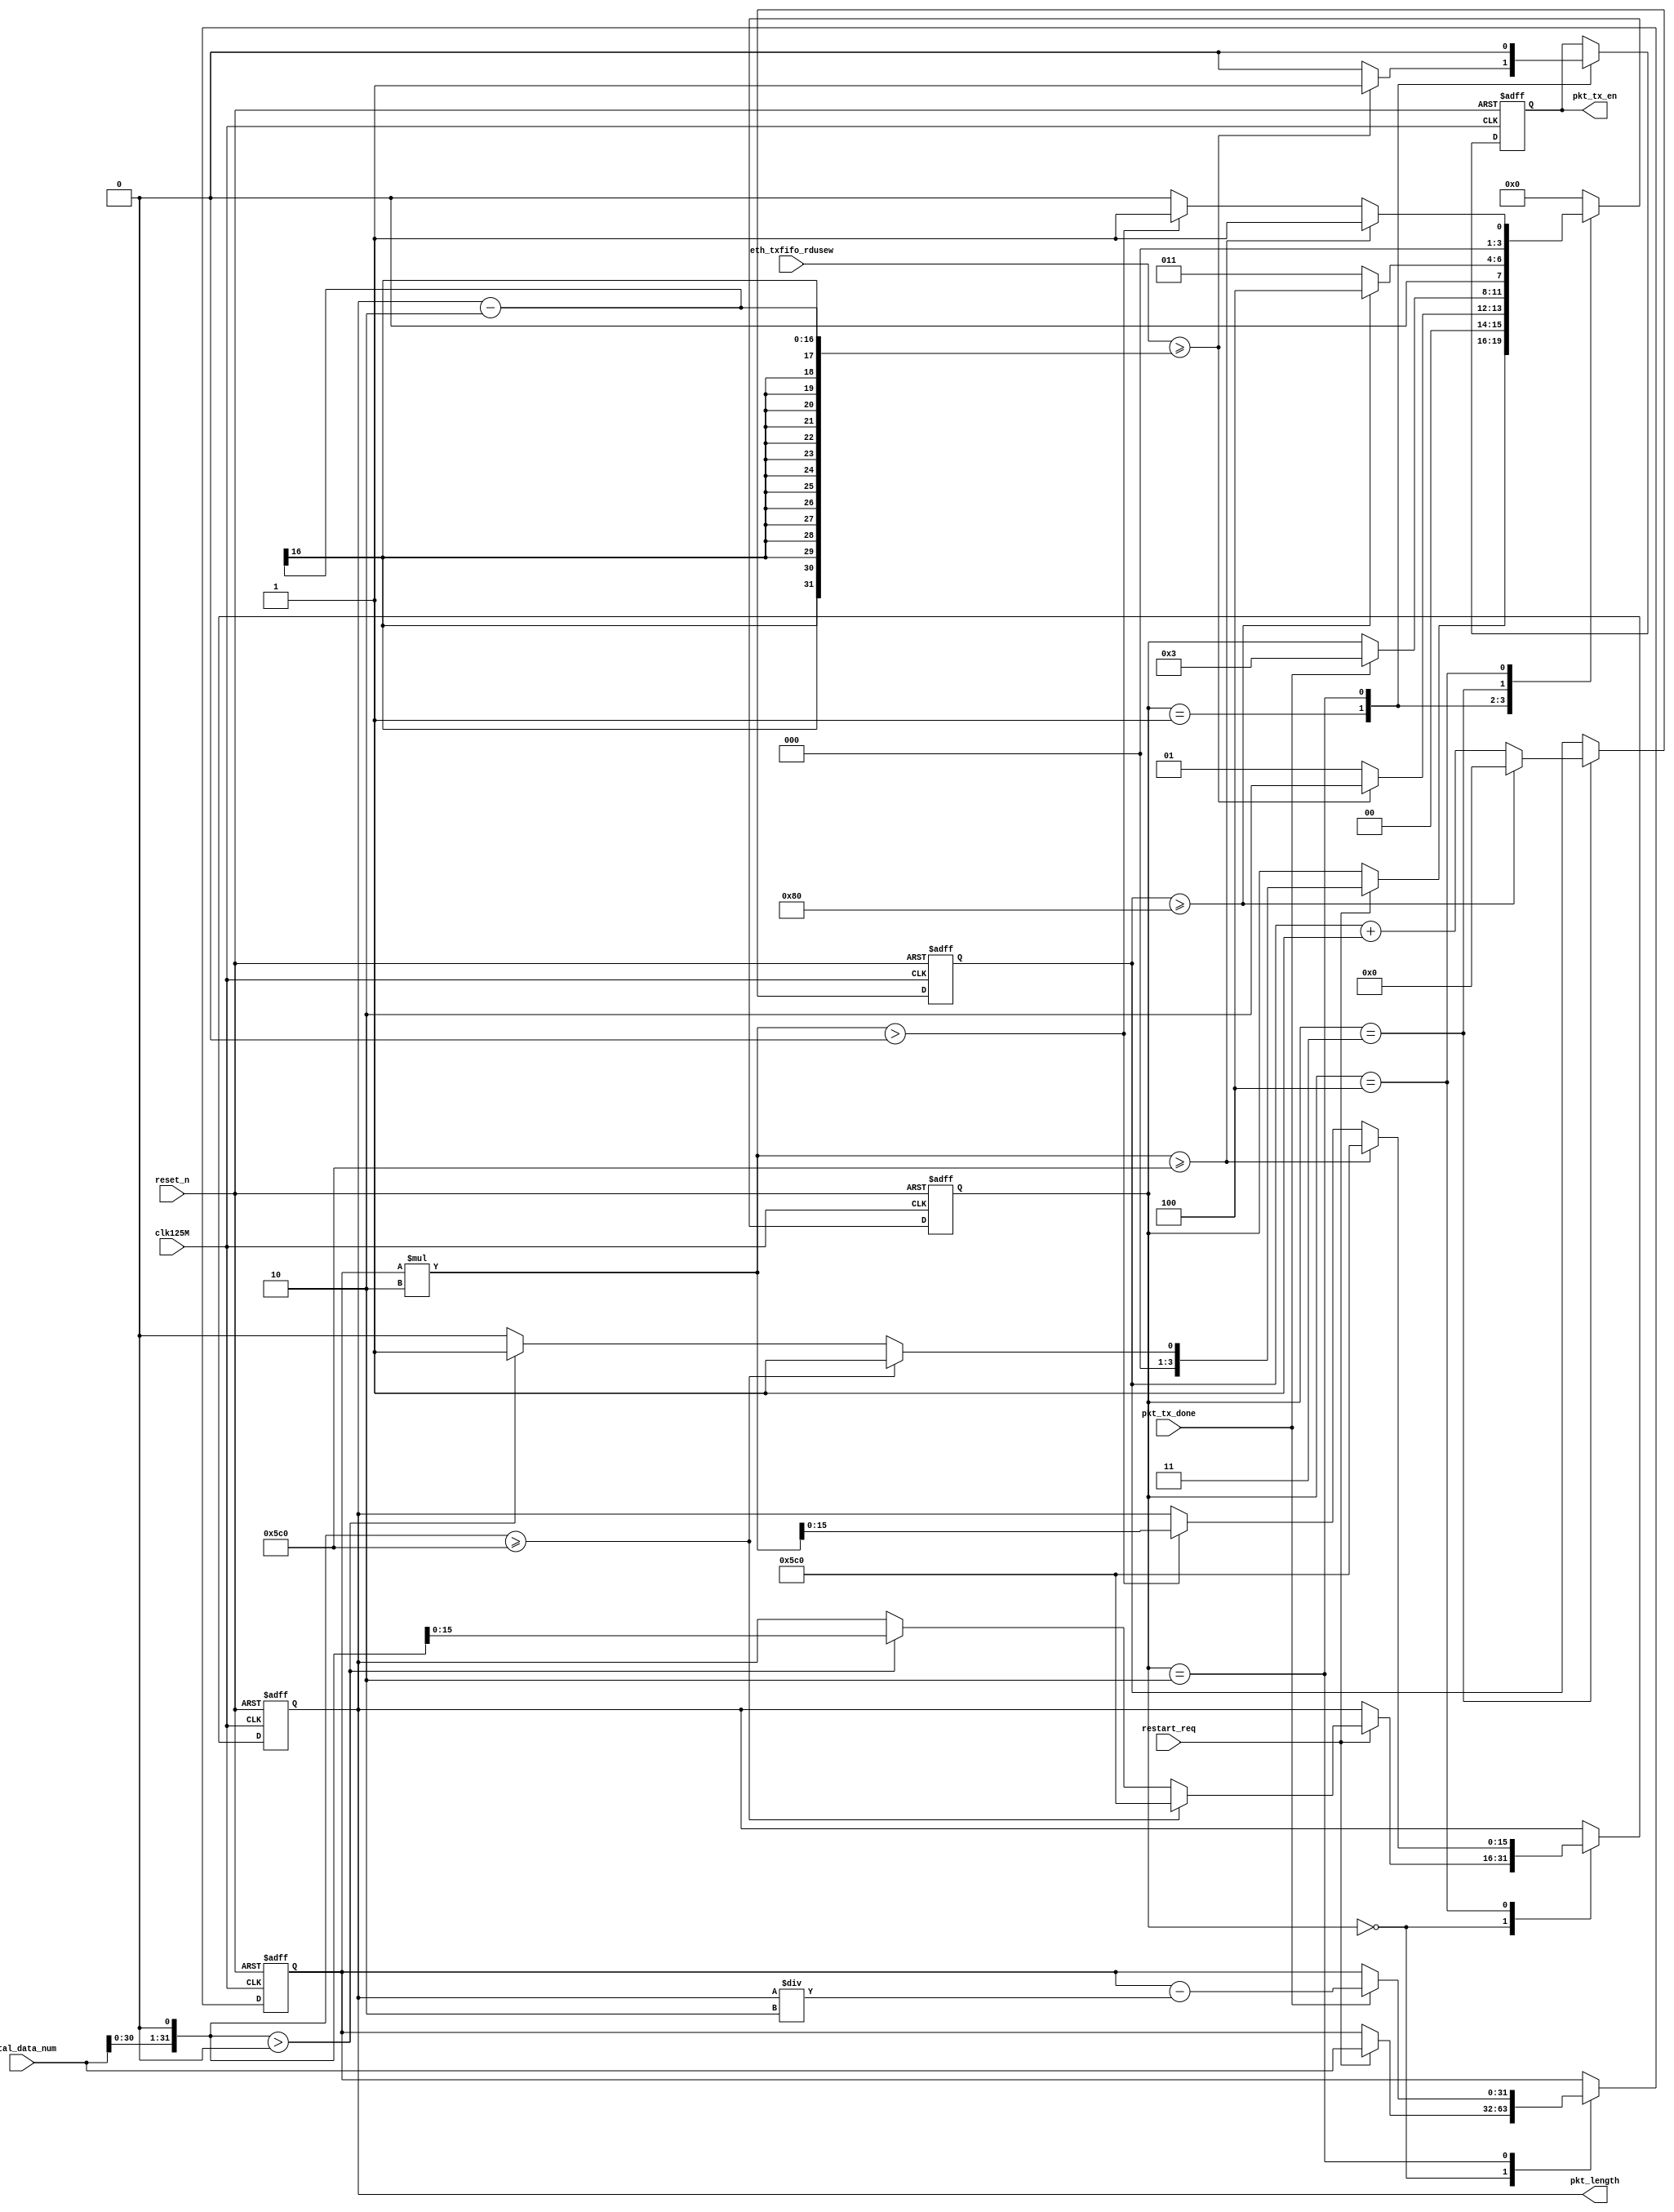

`timescale 1ns / 1ps
//////////////////////////////////////////////////////////////////////////////////
module eth_send_ctrl(
    clk125M,
    reset_n,
    
    eth_txfifo_rdusew,
    total_data_num,       
    restart_req, 
	 
	pkt_tx_done,
    pkt_length,
    pkt_tx_en
); 
    input clk125M;
    input reset_n;

    input [14:0]eth_txfifo_rdusew;
    input [31:0]total_data_num;       
    input restart_req; 
	 
	input pkt_tx_done;
    output reg [15:0]pkt_length; 
    output reg pkt_tx_en;//eth

    reg [3:0]state;
    reg [31:0]data_num;
    reg [28:0]cnt_dly_time;

    parameter cnt_dly_min = 16'd128;
	 
	 //ADC162N2*N

    //1500-IP20-UDP8= 1472
    always@(posedge clk125M or negedge reset_n)
    if(!reset_n)begin
        pkt_length <= 16'd0;
        data_num <= 32'd0;
        state <= 0;
		  pkt_tx_en <= 1'b0;
		  cnt_dly_time <= 28'd0;
    end
	else begin
        case(state)
            0:
                if(restart_req)begin
						data_num <= total_data_num;
						if((total_data_num << 1) >= 16'd1472)begin
							  pkt_length <= 16'd1472;	//2
							  state <= 1;
						 end
						 else if((total_data_num << 1) > 0)begin
						 pkt_length <= total_data_num << 1; //2
							state <= 1;
						 end
						 else begin
							state <= 0;
						 end
                end
				 
            1:
					if(eth_txfifo_rdusew >= (pkt_length -2))begin
						pkt_tx_en <= 1'b1;
						state <= 2;
					end
					else begin
						state <= 1;
						pkt_tx_en <= 1'b0;
					end
				
				2:
					begin
						pkt_tx_en <= 1'b0;
						if(pkt_tx_done)begin
							data_num <= data_num - pkt_length/2;
							state <= 3;
						end
					end						

	
				3:
				   if(cnt_dly_time >= cnt_dly_min)begin
                   state <= 4;
                   cnt_dly_time <= 28'd0;
               end
               else begin
                   cnt_dly_time <= cnt_dly_time + 1'b1;
						 state <= 3;
               end

				4:
               begin
						if(data_num * 2 >= 16'd1472)begin
							pkt_length <= 16'd1472;
							state <= 1;
						end
						else if(data_num * 2 > 0)begin
							pkt_length <= data_num * 2;
							state <= 1;
						end
						else begin
							state <= 0;
						end
               end 
     
            default:state <= 0;
        endcase
    end

endmodule